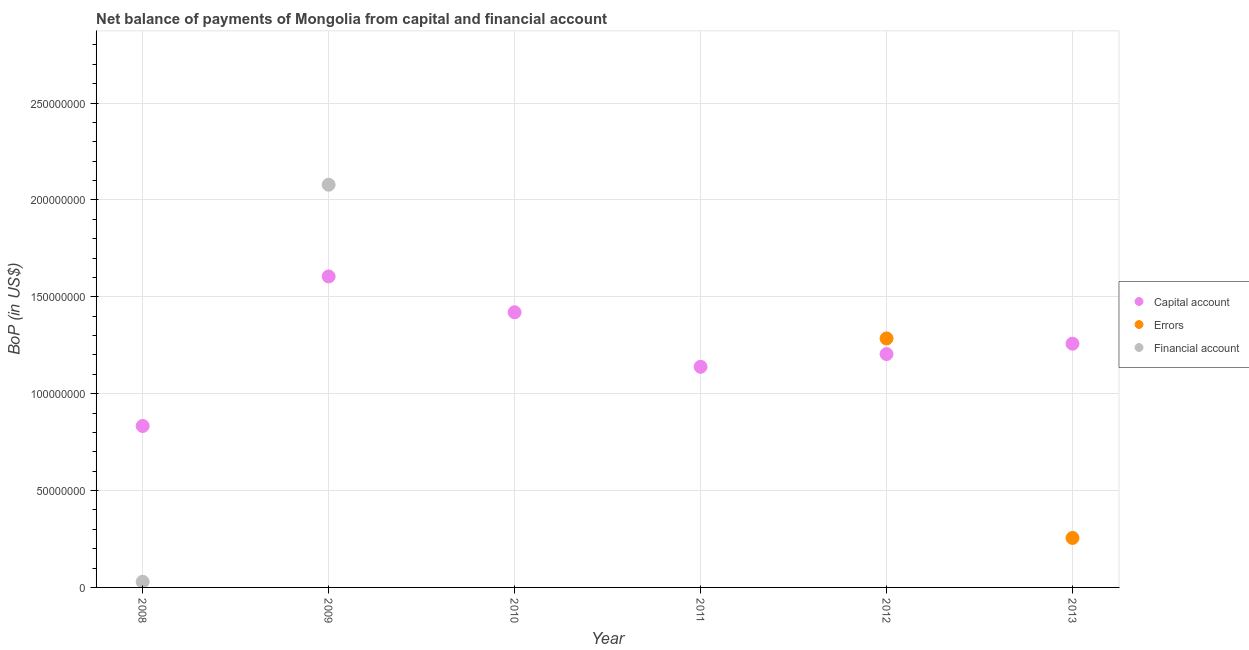
| Year | Capital account | Errors | Financial account |
 | --- | --- | --- | --- |
 | 2008 | 8.33e+07 | -8.14e+07 | 2.91e+06 |
 | 2009 | 1.6e+08 | -1.38e+07 | 2.08e+08 |
 | 2010 | 1.42e+08 | -2.12e+08 | -4.05e+07 |
 | 2011 | 1.14e+08 | -7.74e+08 | -1.38e+09 |
 | 2012 | 1.2e+08 | 1.29e+08 | -5.28e+07 |
 | 2013 | 1.26e+08 | 2.55e+07 | -7.18e+08 |